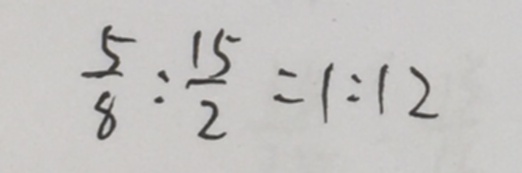
\frac { 5 } { 8 } : \frac { 1 5 } { 2 } = 1 : 1 2